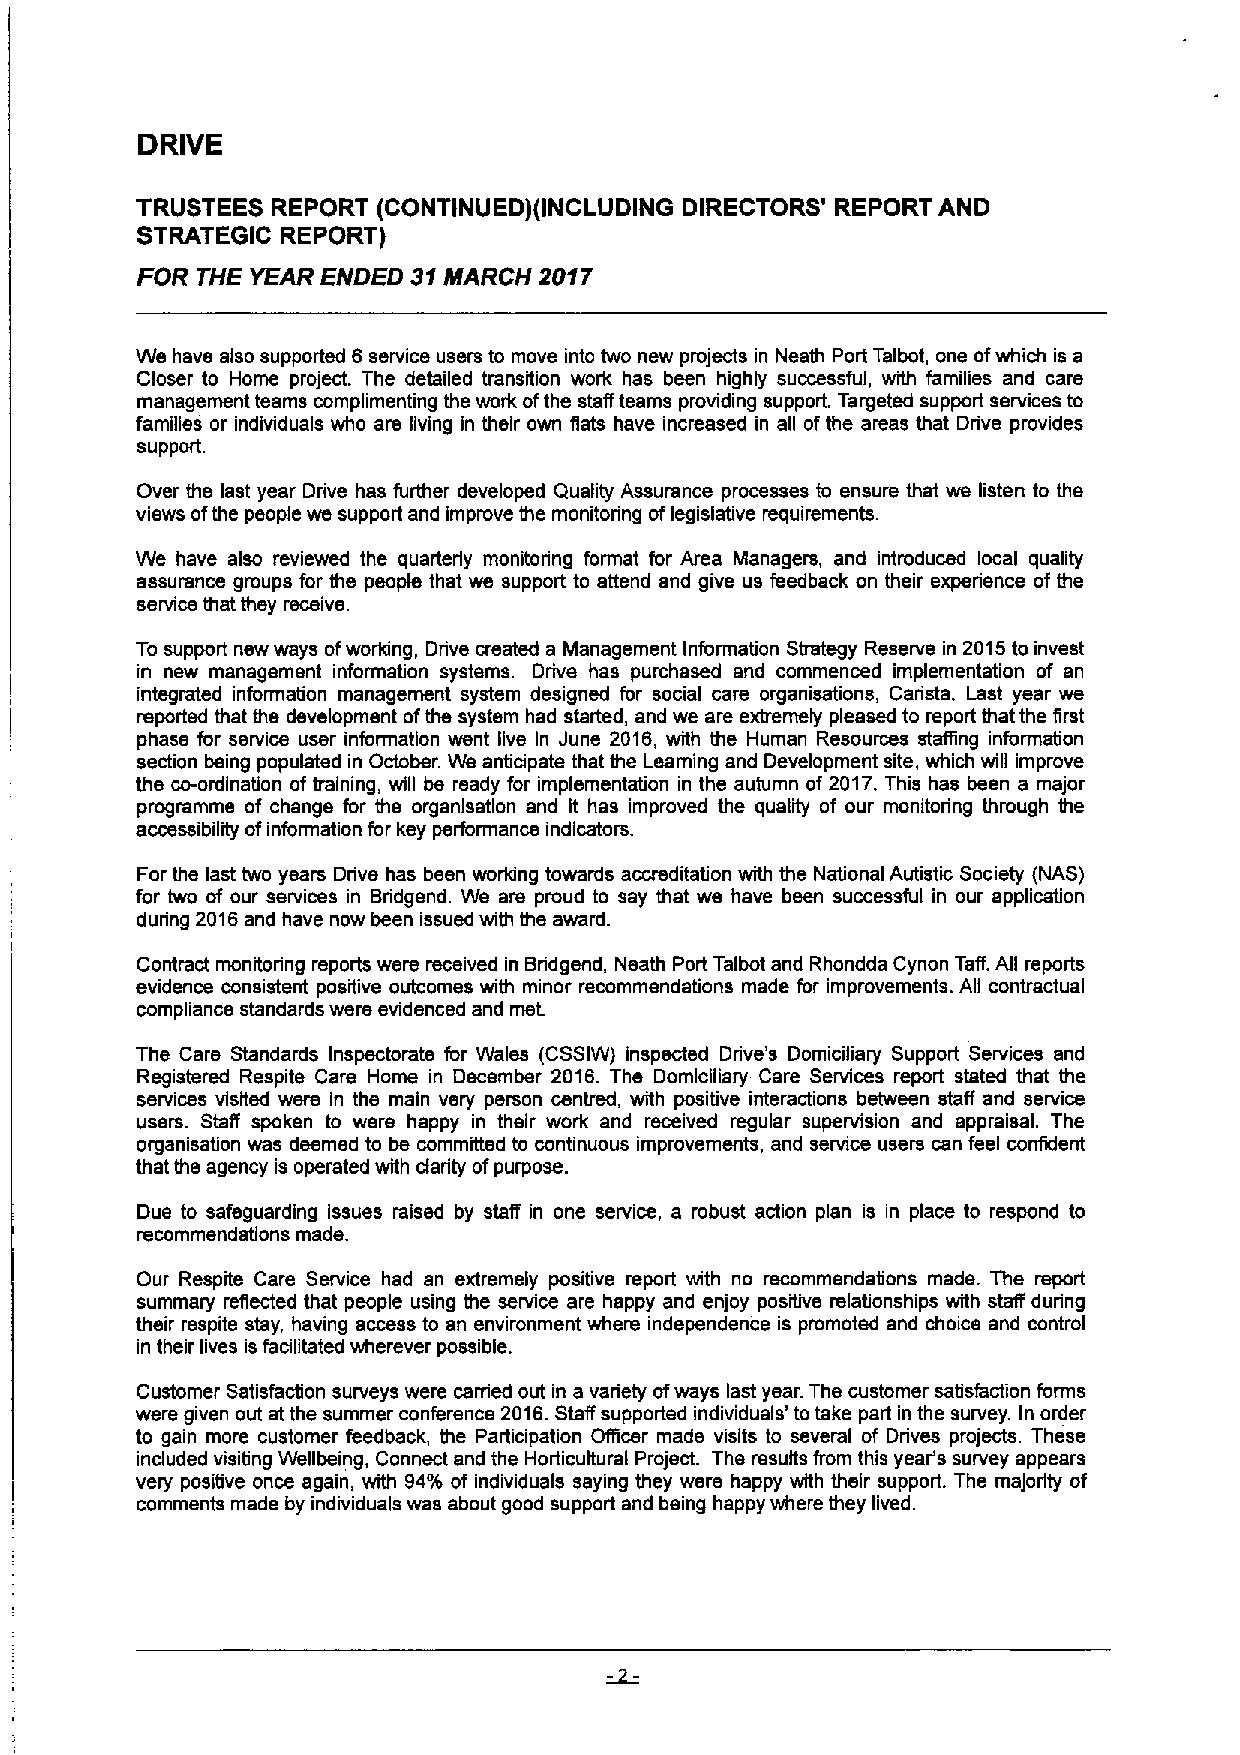
DRIVE
 TRUSTEES REPORT (CONTINUED)(INCLUDING DIRECTORS' REPORT AND
 STRATEGIC REPORT)
 FOR THE YEAR ENDED 31MARCH 2017
 We have also supported 6 service users to move into two new projects in Neath Port Talbot, one ofwhich is a
 Closer to Home project. The detailed transition work has been highly successful, with families and care
 management teams complimenting the work ofthe staff teams providing supporL Targeted support services to
 families or individuals who are fiving in their own flats have increased in afi ofthe areas that Drive provides
 support.
 Over the last year Drive has further developed Quality Assurance processes to ensure that we listen to the
 views ofthe people we support and improve the monitoring oflegislative requirements.
 We have also reviewed the quarterly monitoring format for Area Managers, and introduced local quality
 assurance groups for the people that we support to attend and give us feedback on their experience of the
 seMce tllat fil8y I'ecelve.
 To support new ways ofworking, Drive created a Management Information Strategy Reserve in 2015to invest
 in new management information systems. Drive has purchased and commenced implementation of an
 integrated information management system designed for social care organisations, Carista. Last year we
 reported that the development ofthe system had started, and we are extremely pleased to report that the first
 phase for service user information went five In June 2016, with the Human Resources staffing information
 section being populated in October. Ws anticipate that the Learning and Development site, which will improve
 the co-ordination of training, wfil be ready for implementation in the autumn of 2017.This has been a major
 programme of change for the organlsatlon and It has improved the quality of our monitoring through the
 accessibility ofinformation for key performance indicators.
 For the last two years Drive has been working towards accreditation with the National Autistic Society (NAS)
 for two of our services in Bridgend. We are proud to say that we have been successful in our application
 during 2016and have now been issued with the award.
 Contract monitoring reports were received in Bridgend, Neath Port Talbot and Rhondda Cynon Taff.Afi reports
 evidence consistent positive outcomes with minor recommendations made for improvements. All contractual
 compliance standards were evidenced and met.
 The Care Standards Inspectorate for Wales (CSSIW) inspected Drive's Domiciliary Support Services and
 Registered Respite Care Home in December 2016. Ths Domiciliary Care Services report stated that the
 services visited were in the main very person centred, with positive interactions between staff and service
 users. Staff spoken to were happy in their work and received regular supervision and appraisal. The
 organisation was deemed to be committed to continuous improvements, and service users can feel confident
 that the agency is operated with darity ofpurpose.
 Due to safeguarding Issues raised by stalf in one service, a robust action plan is in place to respond to
 recommendatlons made.
 Our Respite Care Service had an extremely positive report with no recommendations made. The report
 summary reflected that people using the service are happy and enjoy positive relationships with stafi during
 their respite stay, having access to an environment where independence is promoted and choice and control
 in their lives is facilitated wherever possible.
 Customer Satisfaction surveys were canted out in a variety ofways last year. The customer satisfaction forms
 were given out at the summer conference 2016.Staff supported individuals' to take part in the survey. In order
 to gain more customer feedback, the Participation Oflicer made visits to several of Drives projects. These
 induded visiting Wefibeing, Connect and the Horticultural Project. The results from this year's survey appears
 very positive once again, with 94% of individuals saying they were happy with their support. The majority of
 comments made by individuals was about good support and being happy where they lived.